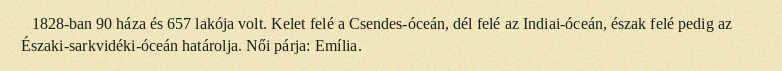
1828-ban 90 háza és 657 lakója volt. Kelet felé a Csendes-óceán, dél felé az Indiai-óceán, észak felé pedig az Északi-sarkvidéki-óceán határolja. Női párja: Emília.